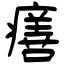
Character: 𤺪